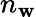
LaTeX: n_{\mathbf{w}}